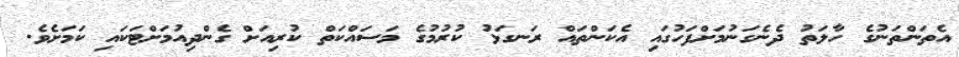
އެތަންތަނުގެ ހާލަތު ދެނެގަނުމަށްފަހުގައި އެކަންތައް ރަނގަޅު ކުރުމުގެ މަސައްކަތް ކުރިއަށް ގެންދިއުމަށްޓަކައި ކަމަށެވެ.